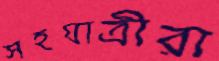
সহযাত্রীরা